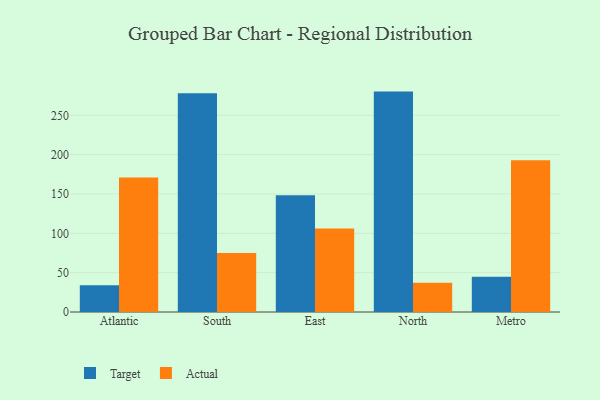
{"axis": {"x": "Region", "y": "Gross Profit (USD K)"}, "legend": ["Actual", "Target"], "data": [{"x": "Atlantic", "y": 33.9, "type": "Target"}, {"x": "Atlantic", "y": 171.1, "type": "Actual"}, {"x": "South", "y": 278.0, "type": "Target"}, {"x": "South", "y": 75.0, "type": "Actual"}, {"x": "East", "y": 148.5, "type": "Target"}, {"x": "East", "y": 106.3, "type": "Actual"}, {"x": "North", "y": 280.2, "type": "Target"}, {"x": "North", "y": 37.1, "type": "Actual"}, {"x": "Metro", "y": 44.9, "type": "Target"}, {"x": "Metro", "y": 192.8, "type": "Actual"}]}